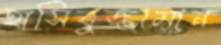
হাসিবুজ্জামান